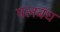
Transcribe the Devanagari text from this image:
मलबंध